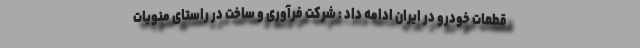
قطعات خودرو در ایران ادامه داد : شرکت فرآوری و ساخت در راستای منویات